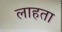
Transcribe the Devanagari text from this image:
लाहता